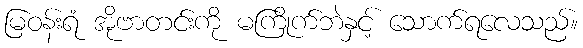
မြဝန်းရံ အိုဗာတင်းကို မကြိုက်ဘဲနှင့် သောက်ရလေသည်။